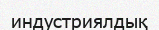
индустриялдық